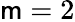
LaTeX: \mathsf{m}=2